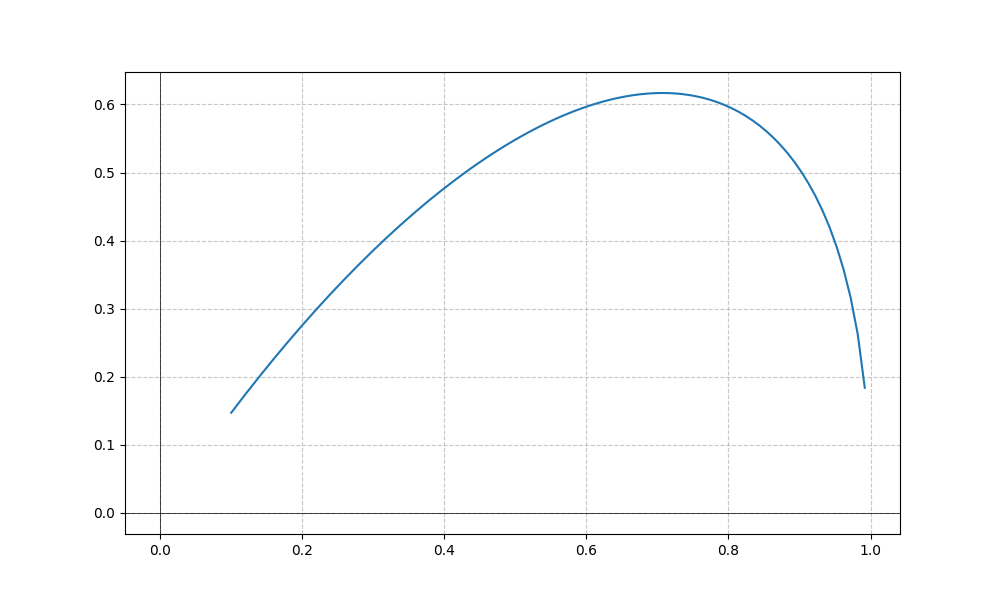
LaTeX formula: \operatorname{acos}{\left(x \right)} \operatorname{asin}{\left(x \right)}